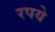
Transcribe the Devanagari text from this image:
रपये